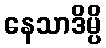
နေသာဒိမ္ပိ